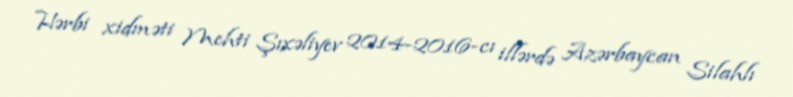
Hərbi xidməti Mehti Şıxəliyev 2014-2016-cı illərdə Azərbaycan Silahlı